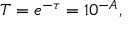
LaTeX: T = e ^ { - \tau } = 1 0 ^ { - A } ,